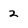
Character: 2